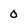
Character: 0